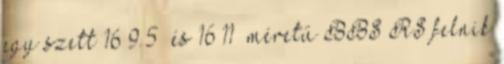
egy szett 16×9.5” és 16×11” méretű BBS RS felnik